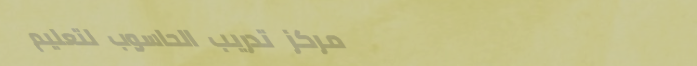
مركز تدريب الحاسوب لتعليم